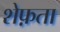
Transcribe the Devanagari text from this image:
शेफ़ता